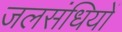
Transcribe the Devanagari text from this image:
जलसंधियों